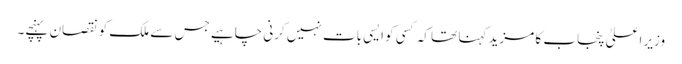
وزیرِ اعلیٰ پنجاب کا مزید کہنا تھا کہ کسی کو ایسی بات نہیں کرنی چاہیے جس سے ملک کو نقصان پہنچے۔